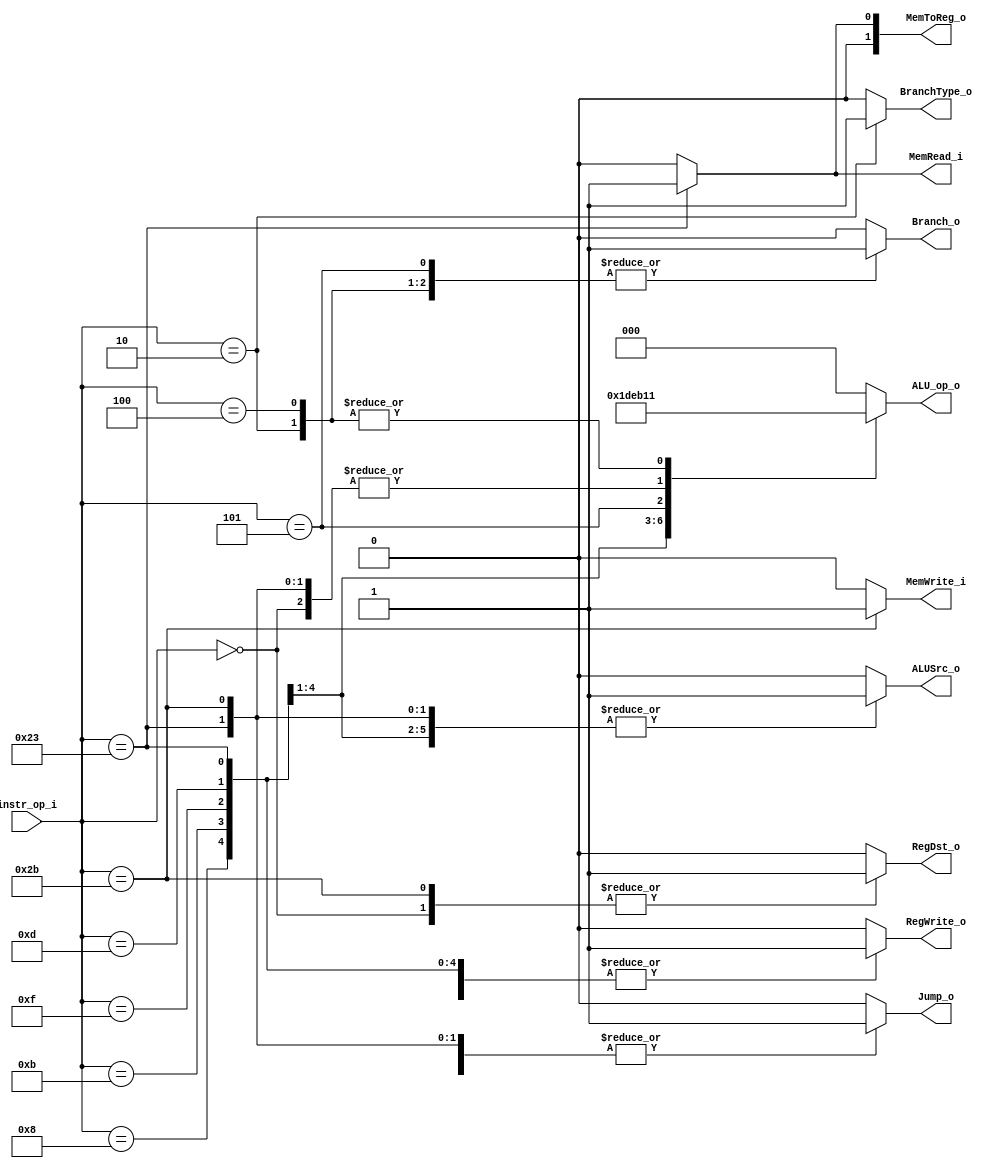
//Subject:     CO project 2 - Decoder
//--------------------------------------------------------------------------------
//Version:     1
//--------------------------------------------------------------------------------
//Writer:      
//----------------------------------------------
//Date:        
//----------------------------------------------
//Description: 
//--------------------------------------------------------------------------------

module Decoder(
    instr_op_i,
	RegWrite_o,
	ALU_op_o,
	ALUSrc_o,
	RegDst_o,
	Branch_o,
	MemToReg_o,
	BranchType_o,	
	Jump_o,	
	MemRead_i,		
	MemWrite_i	
	);
     
//I/O ports
input  [6-1:0] instr_op_i;
output         RegWrite_o;
output [3-1:0] ALU_op_o;
output         ALUSrc_o;
output         RegDst_o;
output         Branch_o;
output	[1:0]  MemToReg_o;
output		   BranchType_o;
output		   Jump_o;
output         MemRead_i;
output         MemWrite_i;
 
//Internal Signals
reg         RegWrite_o;
reg [3-1:0] ALU_op_o;
reg         ALUSrc_o;
reg         RegDst_o;
reg         Branch_o;
reg	[1:0]   MemToReg_o;
reg		    BranchType_o;
reg		    Jump_o;
reg         MemRead_i;
reg         MemWrite_i;   


//Parameter
always@(instr_op_i)
begin
	ALU_op_o<=0;
	ALUSrc_o<=0;
	RegWrite_o<=0;
	RegDst_o<=0;
	Branch_o<=0;
	MemToReg_o<=0;
	BranchType_o<=0;		
	Jump_o<=0;		
	MemRead_i<=0;		
	MemWrite_i<=0;	
	case (instr_op_i)
	6'b000000:
	begin
		ALU_op_o  <=2;
		ALUSrc_o  <=0;
		RegWrite_o<=1;
	    RegDst_o  <=1;
	    Branch_o  <=0;
		MemToReg_o<=0;
		BranchType_o<=0;
		Jump_o<=1;
		MemRead_i<=0;
		MemWrite_i<=0;
	end
	6'b001000:
	begin
		ALU_op_o  <=7;
		ALUSrc_o  <=1;
		RegWrite_o<=1;
	    RegDst_o  <=0;
	    Branch_o  <=0;
		MemToReg_o<=0;
		BranchType_o<=0;
		Jump_o<=1;
		MemRead_i<=0;
		MemWrite_i<=0;		
	end
		6'b001011:
	begin
		ALU_op_o  <=3;
		ALUSrc_o  <=1;
		RegWrite_o<=1;
	    RegDst_o  <=0;
	    Branch_o  <=0;
		MemToReg_o<=0;
		BranchType_o<=0;
		Jump_o<=1;
		MemRead_i<=0;
		MemWrite_i<=0;
	end
		6'b000100:
	begin
		ALU_op_o  <=1;
		ALUSrc_o  <=0;
		RegWrite_o<=0;
	    RegDst_o  <=0;
	    Branch_o  <=1;
		MemToReg_o<=0;
		BranchType_o<=0;
		Jump_o<=1;
		MemRead_i<=0;
		MemWrite_i<=0;
	end
		6'b001111:
	begin
		ALU_op_o  <=6;
		ALUSrc_o  <=1;
		RegWrite_o<=1;
	    RegDst_o  <=0;
	    Branch_o  <=0;
		MemToReg_o<=0;
		BranchType_o<=0;
		Jump_o<=1;
		MemRead_i<=0;
		MemWrite_i<=0;
	end
		6'b001101:
	begin
		ALU_op_o  <=5;
		ALUSrc_o  <=1;
		RegWrite_o<=1;
	    RegDst_o  <=0;
	    Branch_o  <=0;
		MemToReg_o<=0;
		BranchType_o<=0;
		Jump_o<=1;
		MemRead_i<=0;
		MemWrite_i<=0;
	end
		6'b000101:
	begin
		ALU_op_o  <=4;
		ALUSrc_o  <=0;
		RegWrite_o<=0;
	    RegDst_o  <=0;
	    Branch_o  <=1;
		MemToReg_o<=0;
		BranchType_o<=0;
		Jump_o<=1;
		MemRead_i<=0;
		MemWrite_i<=0;
	end	
		6'b000101:
	begin
		ALU_op_o  <=4;
		ALUSrc_o  <=0;
		RegWrite_o<=0;
	    RegDst_o  <=0;
	    Branch_o  <=1;
		MemToReg_o<=0;
		BranchType_o<=0;
		Jump_o<=1;
		MemRead_i<=0;
		MemWrite_i<=0;
	end		
	6'b001000:
	begin
		ALU_op_o  <=7;
		ALUSrc_o  <=1;
		RegWrite_o<=1;
	    RegDst_o  <=0;
	    Branch_o  <=0;
		MemToReg_o<=0;
		BranchType_o<=0;
		Jump_o<=1;
		MemRead_i<=0;
		MemWrite_i<=0;		
	end	
	6'b100011://lw
	begin
		ALU_op_o  <=2;
		ALUSrc_o  <=1;
		RegWrite_o<=1;
	    RegDst_o  <=0;
	    Branch_o  <=0;
		MemToReg_o<=1;
		BranchType_o<=0;
		Jump_o<=1;
		MemRead_i<=1;
		MemWrite_i<=0;		
	end	
	6'b101011://sw
	begin
		ALU_op_o  <=2;
		ALUSrc_o  <=1;
		RegWrite_o<=0;
	    RegDst_o  <=1;
	    Branch_o  <=0;
		MemToReg_o<=0;
		BranchType_o<=0;
		Jump_o<=1;
		MemRead_i<=0;
		MemWrite_i<=1;		
	end	
	6'b000010://jump
	begin
		ALU_op_o  <=1;
		ALUSrc_o  <=0;
		RegWrite_o<=0;
	    RegDst_o  <=0;
	    Branch_o  <=1;
		MemToReg_o<=0;
		BranchType_o<=1;
		Jump_o<=0;
		MemRead_i<=0;
		MemWrite_i<=0;		
	end	
	endcase	
end


endmodule